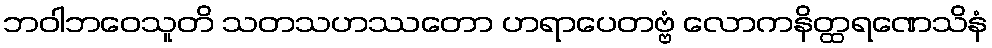
ဘဝါဘဝေသူတိ သတသဟဿတော ဟရာပေတဗ္ဗံ လောကနိတ္ထရဏေသိနံ